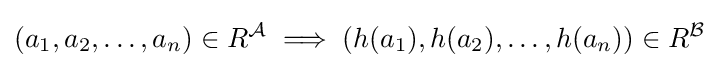
(a_{1},a_{2},\dots ,a_{n})\in R^{\mathcal {A}}\implies (h(a_{1}),h(a_{2}),\dots ,h(a_{n}))\in R^{\mathcal {B}}